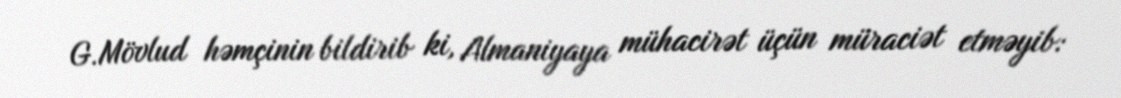
G.Mövlud həmçinin bildirib ki, Almaniyaya mühacirət üçün müraciət etməyib: